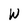
Character: W